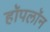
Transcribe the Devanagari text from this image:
हॉपलॉन